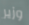
وزير